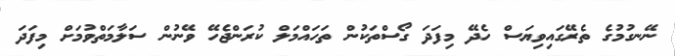
ނޭނގުމުގެ ތެރޭގައިވިޔަސް ހެދޭ މިފަދަ ގޯސްތަކުން ތަހައްމަލް ކުރަންޖެހޭ ވޭނުން ސަލާމަތްވުމަށް މިފަދަ